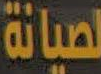
لصيانة